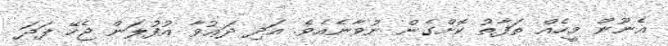
އެނޫން މީހެއް ތަފާތު ކޮށްގެން ނުވާނެއެވެ. އަދި ދަޢުވާ އުފުލަން ޖެހޭ ފަދަ